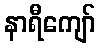
နာရီကျော်